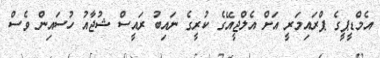
އެމްޑީޕީގެ ޕްރައިމަރީ އަށް އެލްޖީއޭގެ ކުރީގެ ނައިބު ރައީސް ޝުޖާއު ހުސައިން ވެސް